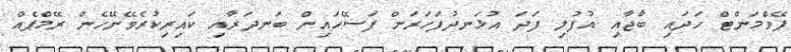
ޕޭވްމަންޓް ހަދައި ބާޖާއި އުފުލި ފަދަ އުޅަނދުފަހަރަށް ފަސޭހައިން ބަނދަރާއި ކައިރިކުރެވޭނޭހެން ރޭމްޕެއް